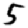
Digit: 5